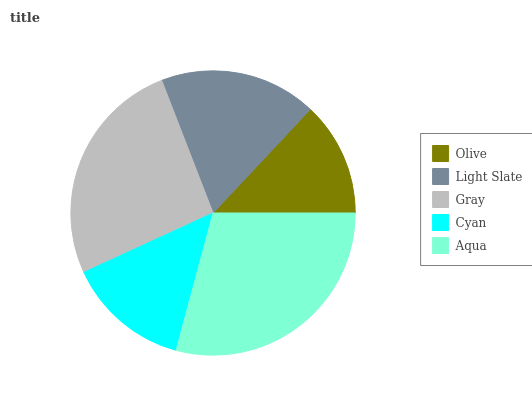
| Olive | Light Slate | Gray | Cyan | Aqua |
 | --- | --- | --- | --- | --- |
 | 13% | 17.8% | 26% | 14% | 29.2% |